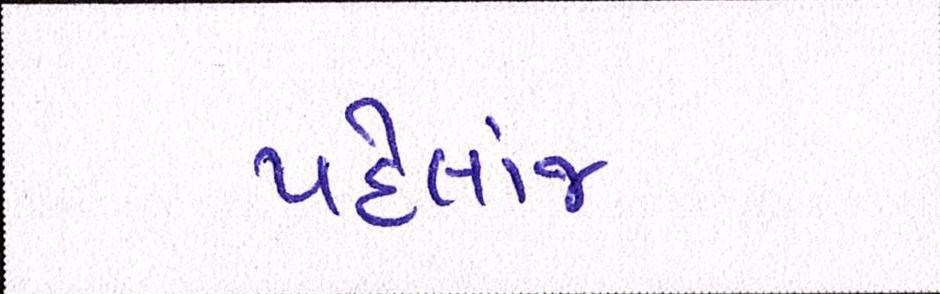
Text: પહેલાંજ